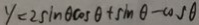
y = 2 \sin \theta \cos \theta + \sin \theta - \cos \theta